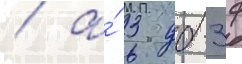
/ а́ 3 дб-3ф